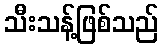
သီးသန့်ဖြစ်သည်